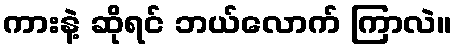
ကားနဲ့ ဆိုရင် ဘယ်လောက် ကြာလဲ။